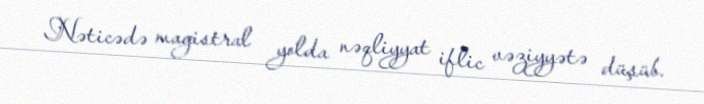
Nəticədə magistral yolda nəqliyyat iflic vəziyyətə düşüb.